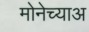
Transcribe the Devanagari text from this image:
मोनेच्याअ